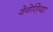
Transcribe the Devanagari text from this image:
वेनेसिया